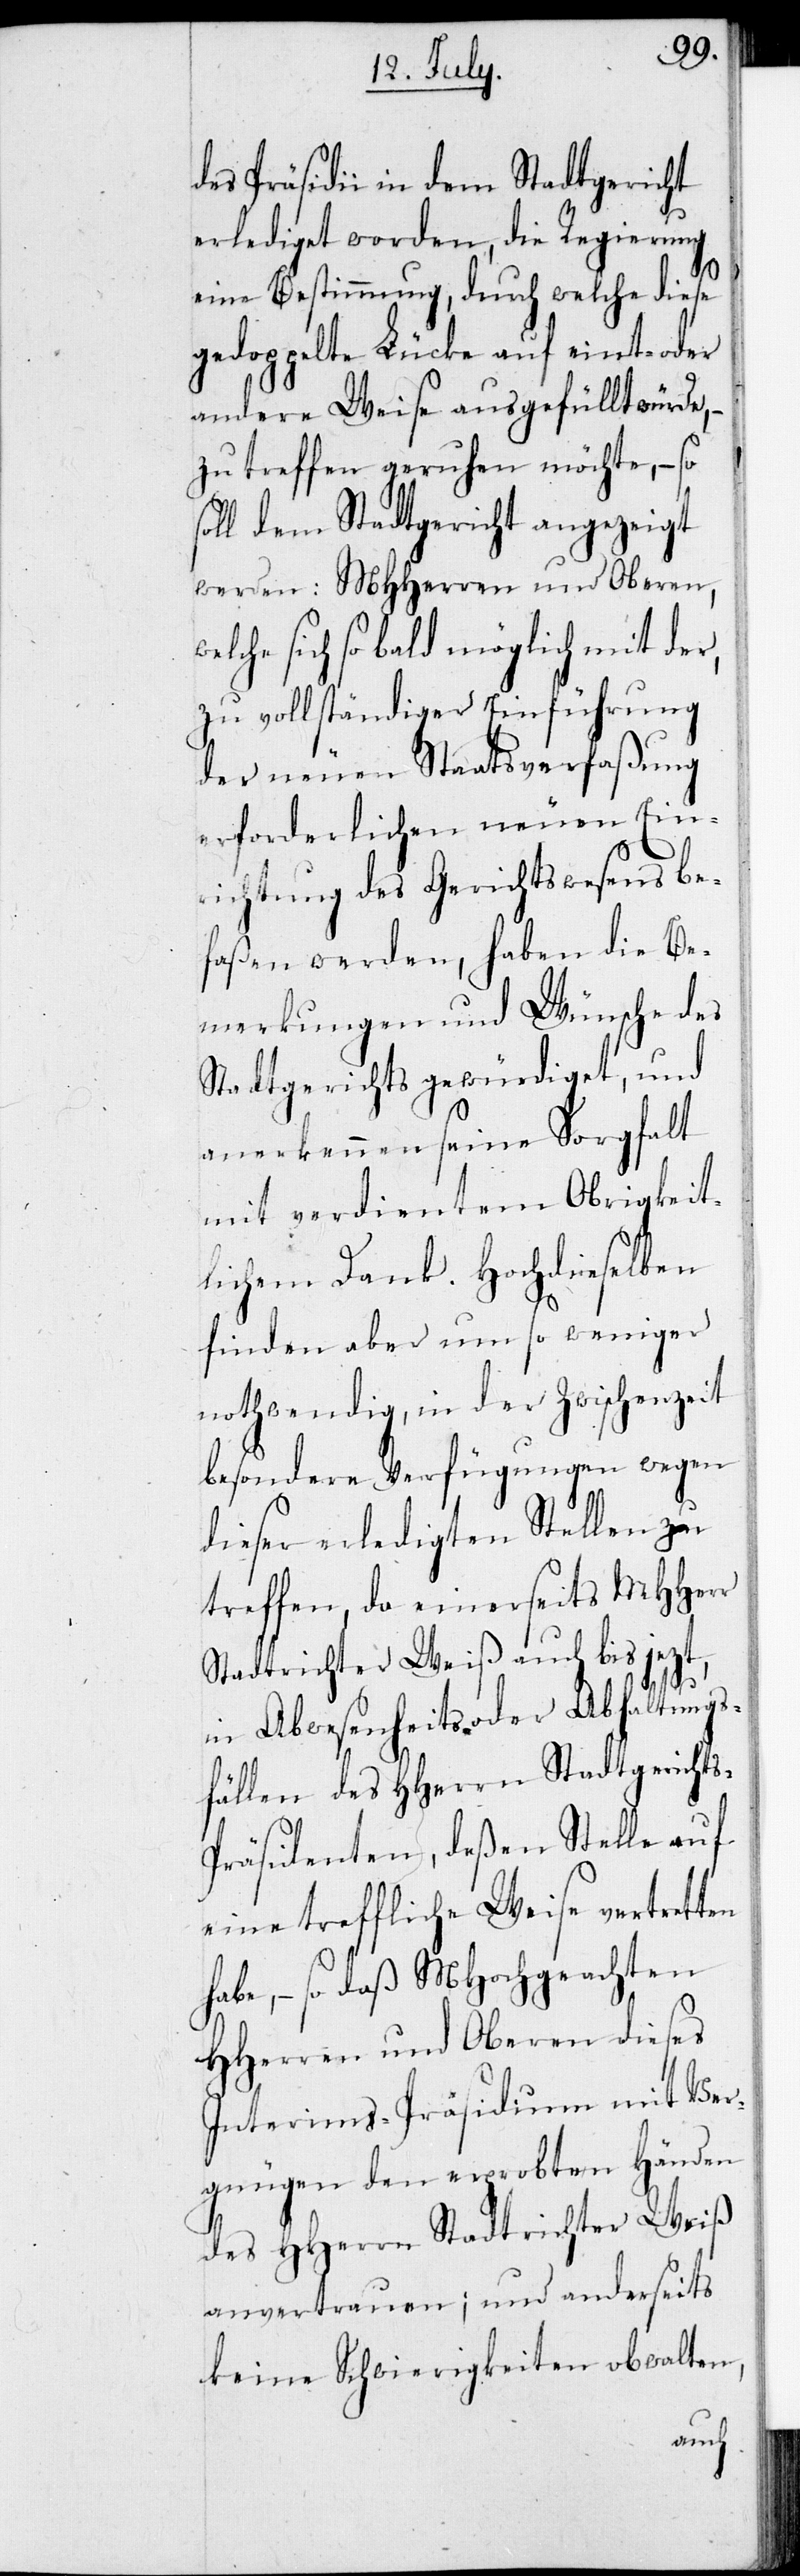
des Präsidii in dem Stadtgericht
erlediget worden, die Regierung
ten
eine Bestimmung, durch welche diese
gedoppelte Lücke auf eint- oder
andere Weise ausgefüllt würde, –
zu treffen geruhen möchte, – so
soll dem Stadtgericht angezeigt
werden: MHHerren und Oberen,
welche sich so bald möglich mit der,
zu vollständiger Einführung
der neuen Staatsverfaßung
erforderlichen neuen Ein¬
richtung des Gerichtswesens be¬
faßen werden, haben die Be¬
merkungen und Wünsche des
Stadtgerichts gewürdiget, und
anerkennen seine Sorgfalt
mit verdientem Obrigkeit¬
lichen Dank. Hochdieselben
finden aber um so weniger
nothwendig, in der Zwischenzeit
besondere Verfügungen wegen
dieser erledigten Stellen zu
treffen, da einerseits MHHerr
Stadtrichter Weiß auch bis jetz¬
in Abwesenheits- oder Abhaltungs¬
fällen des HHerrn Stadtgericht¬
räsidenten, deßen Stelle auf
eine treffliche Weise vertret¬
habe, – so daß MHochgeachten
HHerren und Oberen dieses
Interims-Präsidium mit Ver¬
gnügen den erprobten Händen
des HHerrn Stadtrichter Weiß
anvertrauen; und anderseits
keine Schwierigkeiten obwalten,